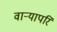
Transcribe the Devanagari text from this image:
वाऱ्यापरि